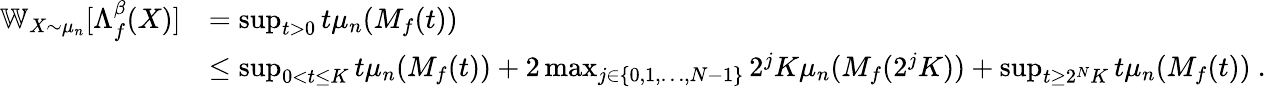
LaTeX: \begin{array}{rl}{\mathbb{W}_{X\sim\mu_{n}}[\Lambda_{f}^{\beta}(X)]}&{=\operatorname*{sup}_{t>0}t\mu_{n}(M_{f}(t))}\\ &{\leq\operatorname*{sup}_{0<t\leq K}t\mu_{n}(M_{f}(t))+2\operatorname*{max}_{j\in\{ 0,1,\dots,N-1\} }2^{j}K\mu_{n}(M_{f}(2^{j}K))+\operatorname*{sup}_{t\geq 2^{N}K}t\mu_{n}(M_{f}(t))~.}\end{array}